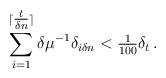
LaTeX: \begin{align*}\sum_{i=1}^{\lceil\tfrac{t}{\delta n}\rceil}\delta \mu^{-1} \delta_{i\delta n}<\tfrac{1}{100}\delta_t\,.\end{align*}